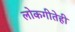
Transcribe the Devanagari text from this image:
लोकगीतेही